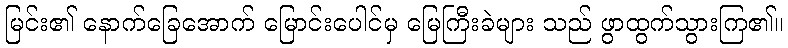
မြင်း၏ နောက်ခြေအောက် မြောင်းပေါင်မှ မြေကြီးခဲများ သည် ဖွာထွက်သွားကြ၏။